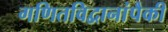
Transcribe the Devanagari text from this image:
गणितविद्वानांपैकी